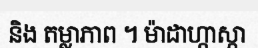
និង តម្លាភាព ។ ម៉ាដាហ្កាស្កា